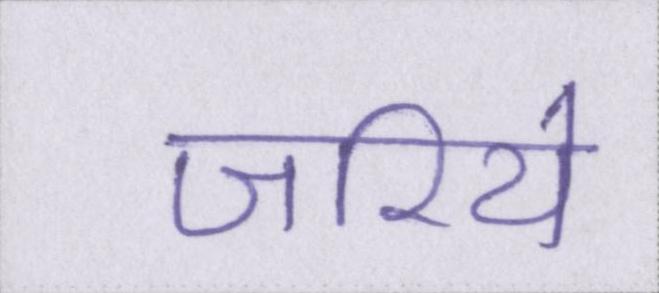
जरिये